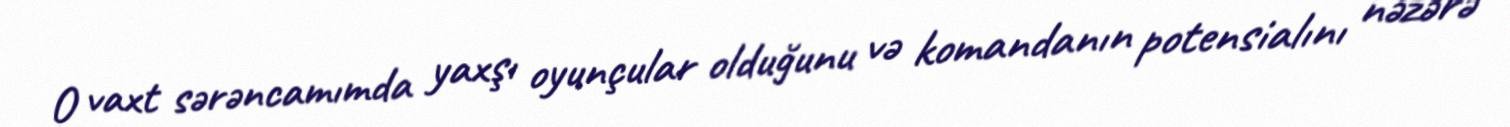
O vaxt sərəncamımda yaxşı oyunçular olduğunu və komandanın potensialını nəzərə